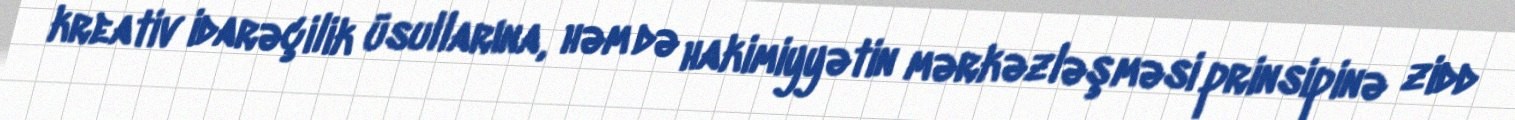
kreativ idarəçilik üsullarına, həm də hakimiyyətin mərkəzləşməsi prinsipinə zidd